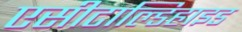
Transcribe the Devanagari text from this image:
एसीटाल्डिहाइड